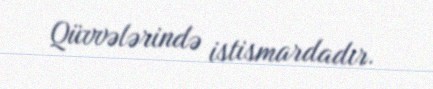
Qüvvələrində istismardadır.